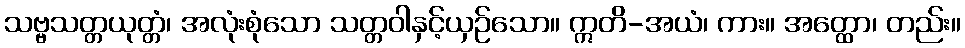
သဗ္ဗသတ္တယုတ္တံ၊ အလုံးစုံသော သတ္တဝါနှင့်ယှဉ်သော။ ဣတိ-အယံ၊ ကား။ အတ္ထော၊ တည်း။